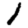
Digit: 1